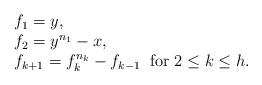
LaTeX: \begin{align*}\begin{array}{l}f_1=y,\\f_2=y^{n_1}-x,\\f_{k+1}=f_k^{n_k}-f_{k-1}\;\;\hbox{\rm for } 2\leq k\leq h.\end{array}\end{align*}